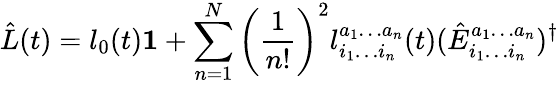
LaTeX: \hat{L}(t)=l_{0}(t)\mathbf{1}+\sum_{n=1}^{N}\left(\frac{1}{n!}\right)^{2}l_{i_{1}\ldots i_{n}}^{a_{1}\ldots a_{n}}(t)(\hat{E}_{i_{1}\ldots i_{n}}^{a_{1}\ldots a_{n}})^{\dagger}